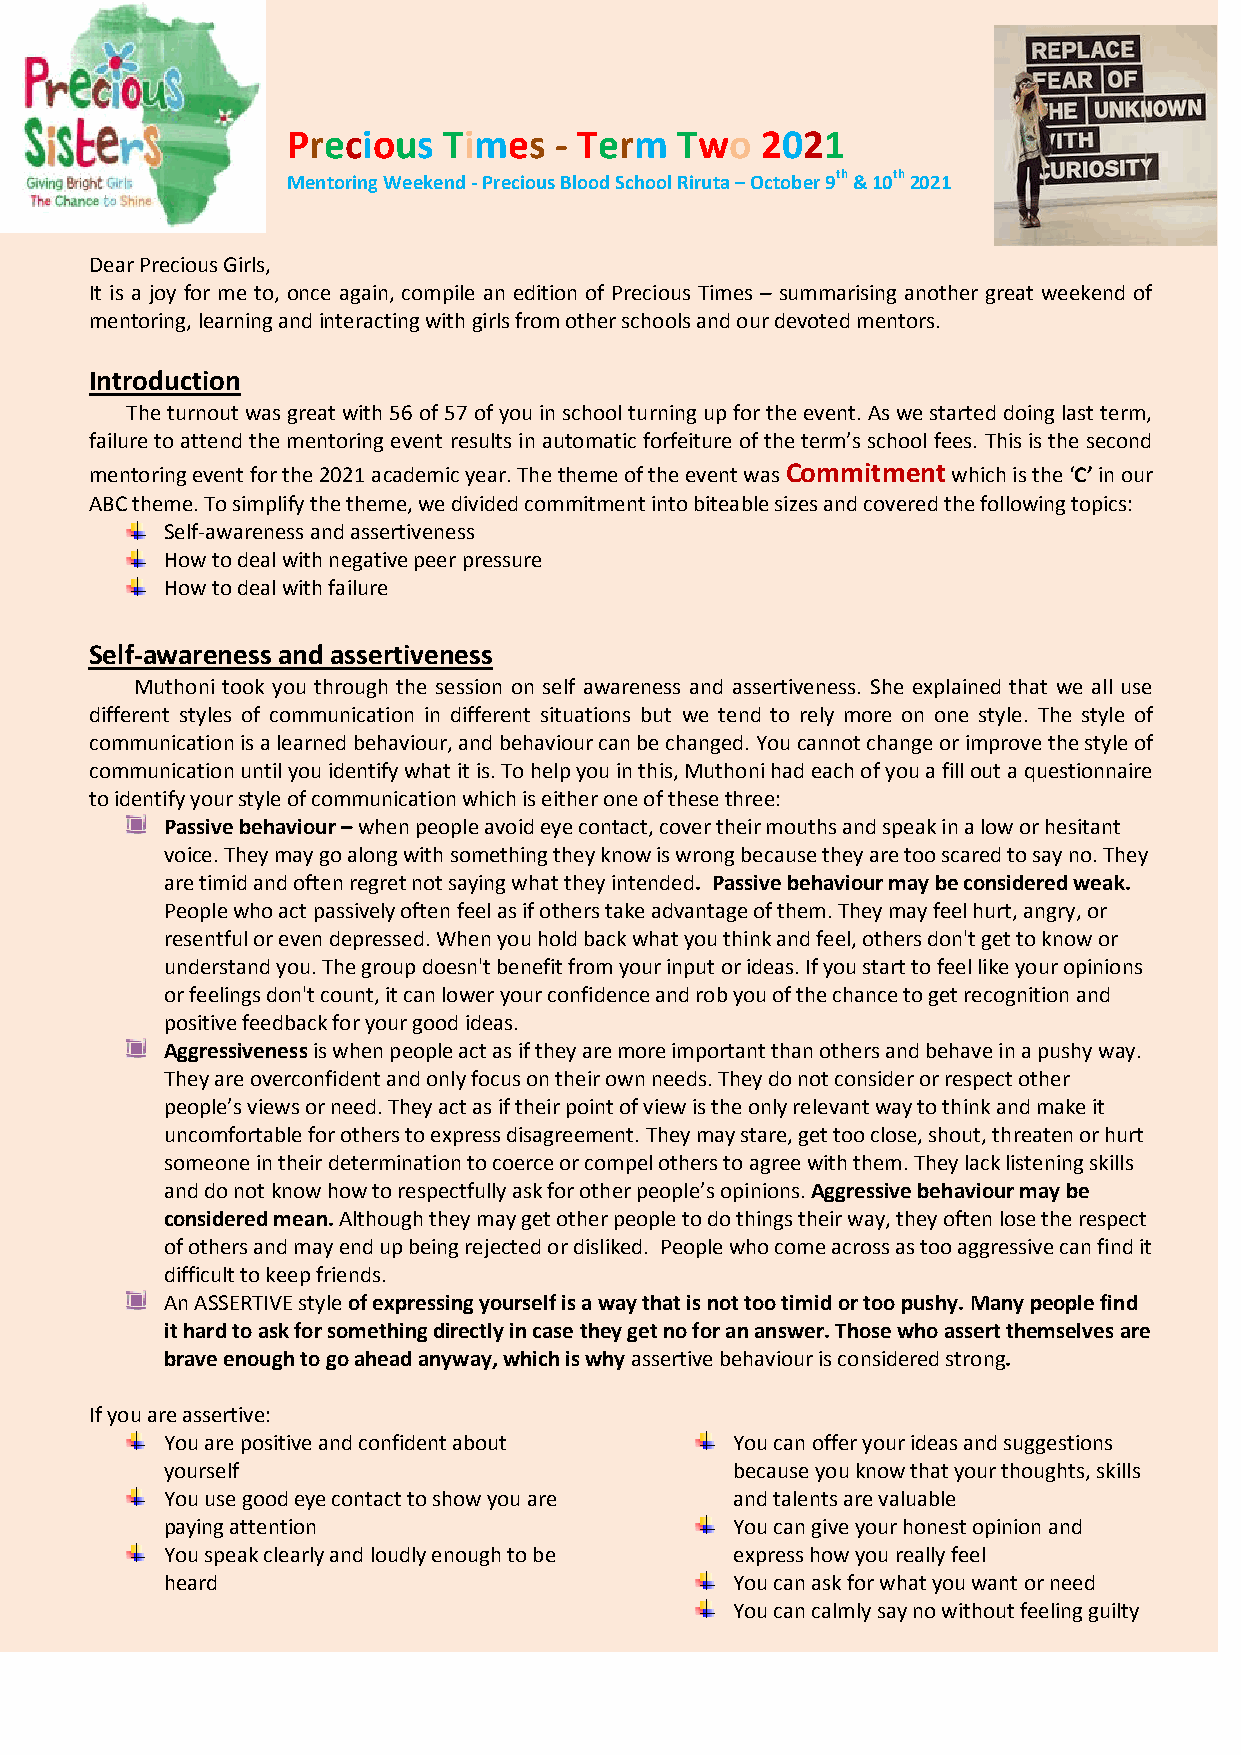
Precious  Times   - Term  Two  2021
 Mentoring Weekend - Precious Blood School Riruta – October 9th & 10th 2021
 Dear Precious Girls,
 It is a joy for me to, once again, compile an edition of Precious Times – summarising another great weekend of
 mentoring, learning and interacting with girls from other schools and our devoted mentors.
 Introduction
 The turnout was great with 56 of 57 of you in school turning up for the event. As we started doing last term,
 failure to attend the mentoring event results in automatic forfeiture of the term’s school fees. This is the second
 mentoring event for the 2021 academic year. The theme of the event was Commitment which is the ‘C’ in our
 ABC theme. To simplify the theme, we divided commitment into biteable sizes and covered the following topics:
 Self-awareness and assertiveness
 How to deal with negative peer pressure
 How to deal with failure
 Self-awareness and assertiveness
 Muthoni took you through the session on self awareness and assertiveness. She explained that we all use
 different styles of communication in different situations but we tend to rely more on one style. The style of
 communication is a learned behaviour, and behaviour can be changed. You cannot change or improve the style of
 communication until you identify what it is. To help you in this, Muthoni had each of you a fill out a questionnaire
 to identify your style of communication which is either one of these three:
 Passive behaviour – when people avoid eye contact, cover their mouths and speak in a low or hesitant
 voice. They may go along with something they know is wrong because they are too scared to say no. They
 are timid and often regret not saying what they intended. Passive behaviour may be considered weak.
 People who act passively often feel as if others take advantage of them. They may feel hurt, angry, or
 resentful or even depressed. When you hold back what you think and feel, others don't get to know or
 understand you. The group doesn't benefit from your input or ideas. If you start to feel like your opinions
 or feelings don't count, it can lower your confidence and rob you of the chance to get recognition and
 positive feedback for your good ideas.
 Aggressiveness is when people act as if they are more important than others and behave in a pushy way.
 They are overconfident and only focus on their own needs. They do not consider or respect other
 people’s views or need. They act as if their point of view is the only relevant way to think and make it
 uncomfortable for others to express disagreement. They may stare, get too close, shout, threaten or hurt
 someone in their determination to coerce or compel others to agree with them. They lack listening skills
 and do not know how to respectfully ask for other people’s opinions. Aggressive behaviour may be
 considered mean. Although they may get other people to do things their way, they often lose the respect
 of others and may end up being rejected or disliked. People who come across as too aggressive can find it
 difficult to keep friends.
 An ASSERTIVE style of expressing yourself is a way that is not too timid or too pushy. Many people find
 it hard to ask for something directly in case they get no for an answer. Those who assert themselves are
 brave enough to go ahead anyway, which is why assertive behaviour is considered strong.
 If you are assertive:
 You are positive and confident about  You can offer your ideas and suggestions
 yourself                              because you know that your thoughts, skills
 You use good eye contact to show you are and talents are valuable
 paying attention                      You can give your honest opinion and
 You speak clearly and loudly enough to be express how you really feel
 heard                                 You can ask for what you want or need
 You can calmly say no without feeling guilty